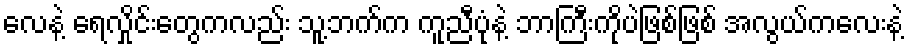
လေနဲ့ ရေလှိုင်းတွေကလည်း သူ့ဘက်က ကူညီပုံနဲ့ ဘာကြီးကိုပဲဖြစ်ဖြစ် အလွယ်ကလေးနဲ့